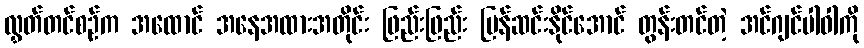
လွှတ်တင်စဉ်က အထောင် အနေအထားအတိုင်း ဖြည်းဖြည်း ပြန်ဆင်းနိုင်အောင် တွန်းတင်တဲ့ အင်ဂျင်ပါဝါကို